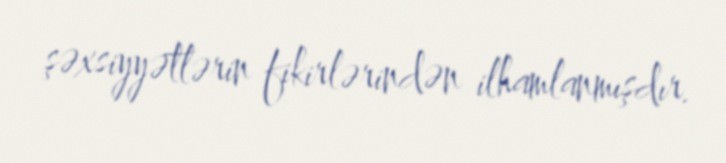
şəxsiyyətlərin fikirlərindən ilhamlanmışdır.